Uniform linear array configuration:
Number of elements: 16
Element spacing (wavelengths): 0.5
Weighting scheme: exponential
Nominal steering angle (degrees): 15
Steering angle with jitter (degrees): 15.758
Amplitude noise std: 0.05
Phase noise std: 0.05

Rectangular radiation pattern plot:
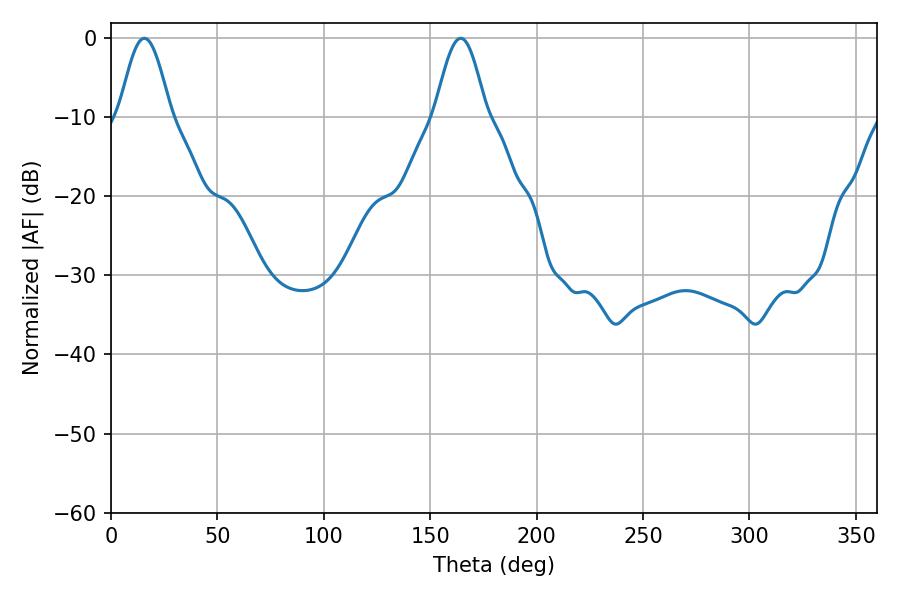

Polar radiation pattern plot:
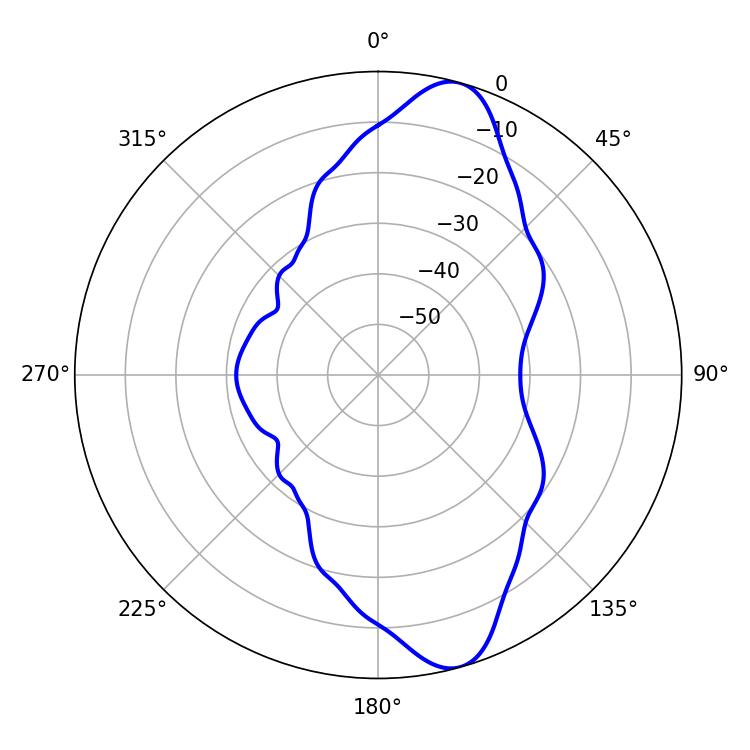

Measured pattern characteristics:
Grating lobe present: FALSE
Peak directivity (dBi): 11.265
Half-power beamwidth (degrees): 12.78
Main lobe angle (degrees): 15.66